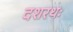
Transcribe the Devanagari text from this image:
दशरथः